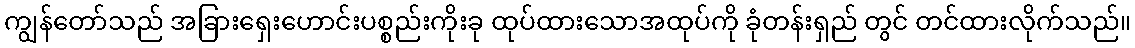
ကျွန်တော်သည် အခြားရှေးဟောင်းပစ္စည်းကိုးခု ထုပ်ထားသောအထုပ်ကို ခုံတန်းရှည် တွင် တင်ထားလိုက်သည်။